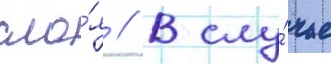
сло́я // В слу́чае